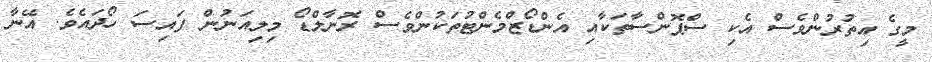
މީގެ އިތުރުންވެސް އެކި ސްޕޮންސާތަކާއި އެންޑޯޒްމެންޓުތަކުންވެސް ރޮނާލްޑޯ މިލިއަނުން ފައިސަ ހޯދައެވެ. އޭނާ